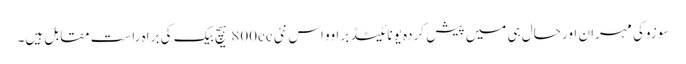
سوزوکی مہران اور حال ہی میں پیش کردہ یونائیٹڈ براوو اس نئی 800cc ہیچ بیک کی براہِ راست مقابل ہیں۔